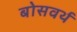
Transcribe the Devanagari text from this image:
बोसवर्थ